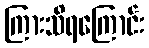
ကြားသိရကြောင်း